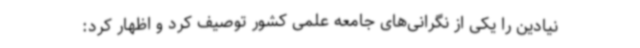
نیادین را یکی از نگرانی‌های جامعه علمی کشور توصیف کرد و اظهار کرد: